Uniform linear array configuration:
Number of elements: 8
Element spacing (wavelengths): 0.5
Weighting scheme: hamming
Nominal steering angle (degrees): -45
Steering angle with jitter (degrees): -44.188
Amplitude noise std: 0.05
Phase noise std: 0.05

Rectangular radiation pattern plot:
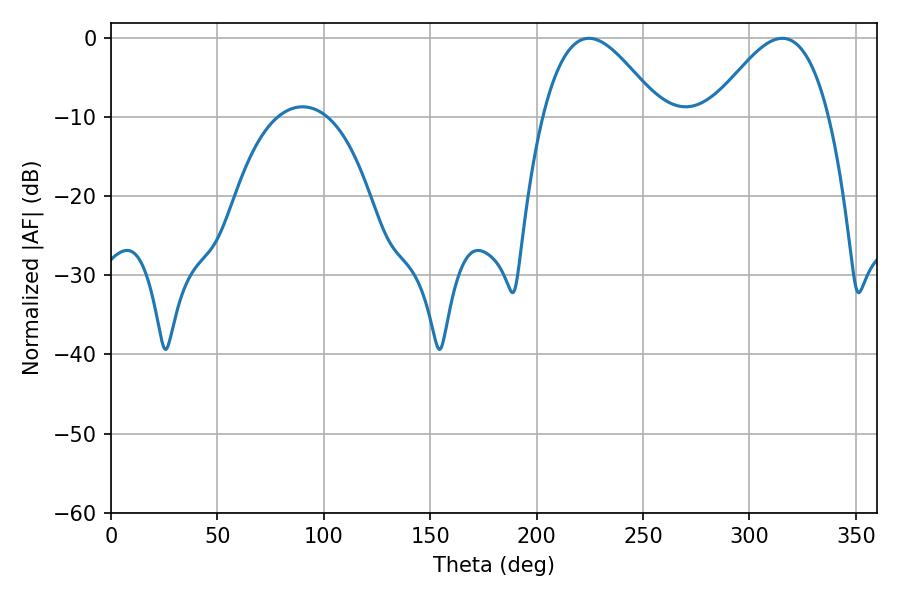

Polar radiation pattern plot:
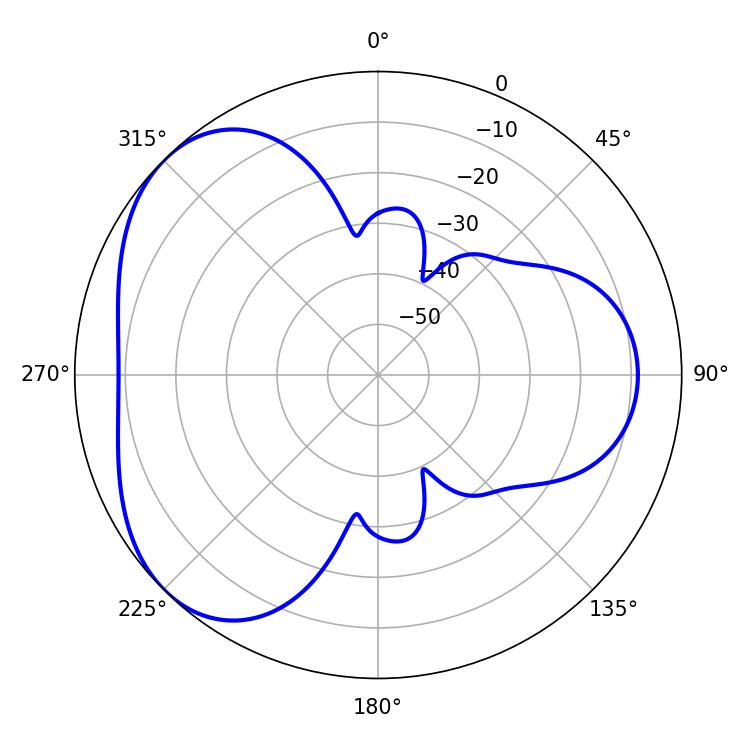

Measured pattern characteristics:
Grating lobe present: FALSE
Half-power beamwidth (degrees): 29.88
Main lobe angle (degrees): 224.64